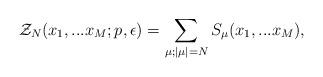
LaTeX: \begin{align*}{\cal Z}_{N}(x_1,...x_M; p,\epsilon)=\sum_{\mu;|\mu|=N}S_{\mu}(x_1,...x_M),\end{align*}